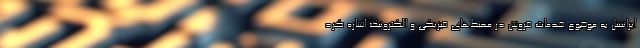
ایرانسل به موضوع خدمات فروش در محیط‌های فیزیکی و الکترونیک اشاره کرد